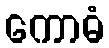
ကောဓံ